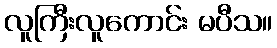
လူကြီးလူကောင်း မပီသ။